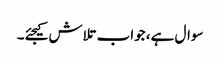
سوال ہے، جواب تلاش کیجئے۔